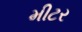
મીટર